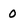
Character: 0